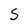
Character: S